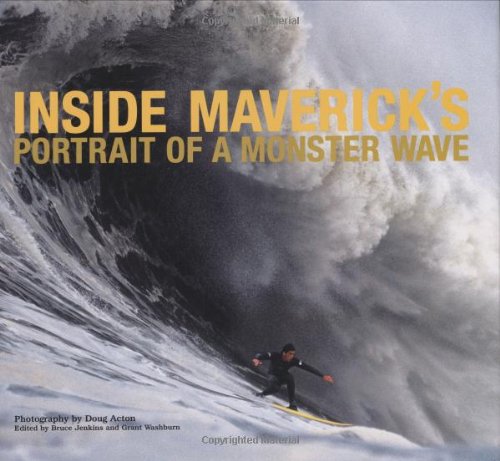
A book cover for Inside Maverick's: Portrait of a Monster Wave; Arts & Photography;